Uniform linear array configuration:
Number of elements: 16
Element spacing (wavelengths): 1
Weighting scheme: uniform
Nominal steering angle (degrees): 60
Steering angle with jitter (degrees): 59.472
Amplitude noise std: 0.05
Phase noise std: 0.05

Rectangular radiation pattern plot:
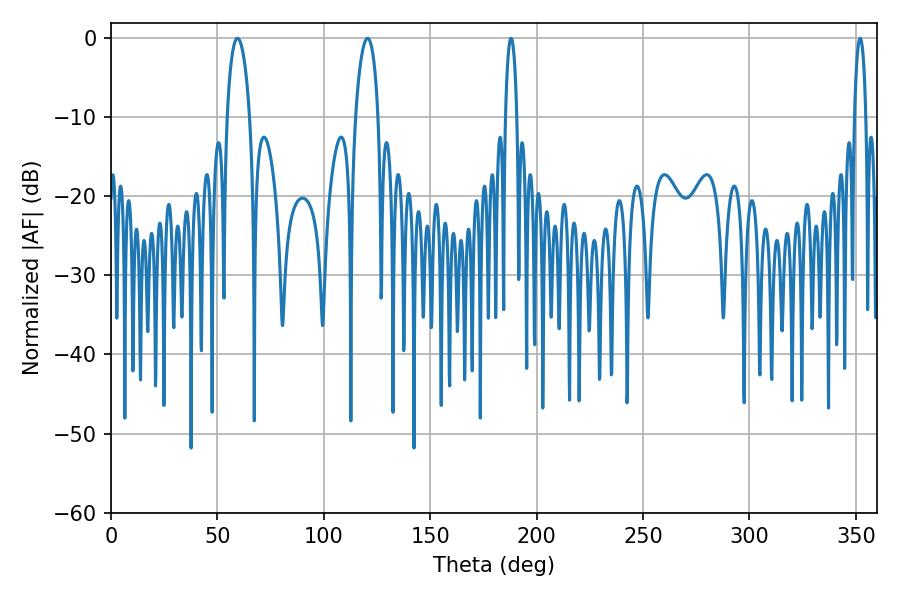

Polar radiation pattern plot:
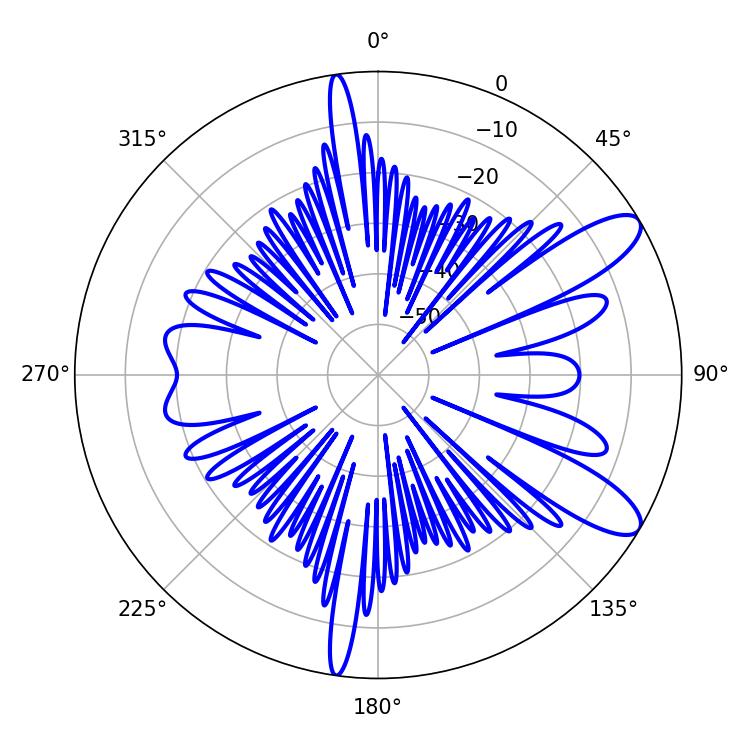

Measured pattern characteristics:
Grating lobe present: TRUE
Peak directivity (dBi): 10.401
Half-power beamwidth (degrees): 6.12
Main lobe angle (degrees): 59.4